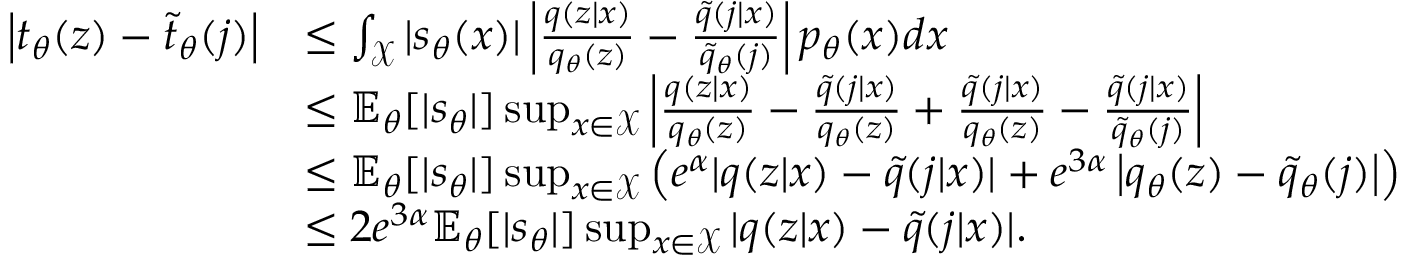
\begin{array} { r l } { \left| t _ { \theta } ( z ) - \tilde { t } _ { \theta } ( j ) \right| } & { \le \int _ { \mathcal X } | s _ { \theta } ( x ) | \left| \frac { q ( z | x ) } { q _ { \theta } ( z ) } - \frac { \tilde { q } ( j | x ) } { \tilde { q } _ { \theta } ( j ) } \right| p _ { \theta } ( x ) d x } \\ & { \le { \mathbb E } _ { \theta } [ | s _ { \theta } | ] \operatorname* { s u p } _ { x \in \mathcal X } \left| \frac { q ( z | x ) } { q _ { \theta } ( z ) } - \frac { \tilde { q } ( j | x ) } { q _ { \theta } ( z ) } + \frac { \tilde { q } ( j | x ) } { q _ { \theta } ( z ) } - \frac { \tilde { q } ( j | x ) } { \tilde { q } _ { \theta } ( j ) } \right| } \\ & { \le { \mathbb E } _ { \theta } [ | s _ { \theta } | ] \operatorname* { s u p } _ { x \in \mathcal X } \left( e ^ { \alpha } | q ( z | x ) - \tilde { q } ( j | x ) | + e ^ { 3 \alpha } \left| q _ { \theta } ( z ) - \tilde { q } _ { \theta } ( j ) \right| \right) } \\ & { \le 2 e ^ { 3 \alpha } { \mathbb E } _ { \theta } [ | s _ { \theta } | ] \operatorname* { s u p } _ { x \in \mathcal X } | q ( z | x ) - \tilde { q } ( j | x ) | . } \end{array}